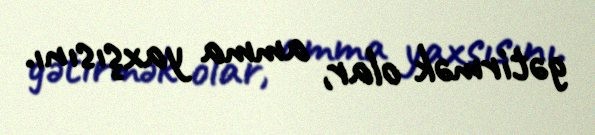
gətirmək olar, amma yaxşısını.